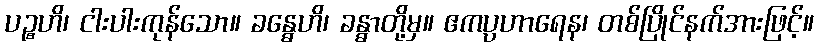
ပဉ္စဟိ၊ ငါးပါးကုန်သော။ ခန္ဓေဟိ၊ ခန္ဓာတို့မှ။ ဧကပ္ပဟာရေန၊ တစ်ပြိုင်နက်အားဖြင့်။